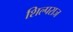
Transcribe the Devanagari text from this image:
शिल्पराज